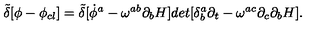
{ \tilde { \delta } } [ \phi - \phi _ { c l } ] = { \tilde { \delta } } [ { \dot { \phi } ^ { a } - \omega ^ { a b } \partial _ { b } H ] d e t [ \delta _ { b } ^ { a } \partial _ { t } - \omega ^ { a c } \partial _ { c } \partial _ { b } H } ] .